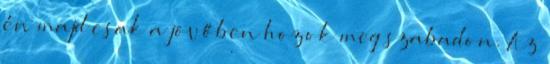
én majd csak a jövőben hozok meg szabadon. Az